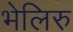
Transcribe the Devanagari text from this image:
भेलिरु